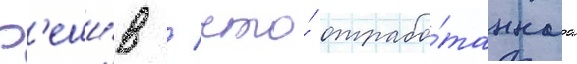
Р'еши́в / что́ отрабо́таннаа